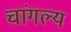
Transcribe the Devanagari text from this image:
चांगल्य